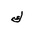
Letter: _kaf